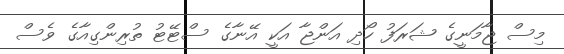
މިސް ޖާމަނީގެ ޝަރަފު ހޯދި އަންޖާ އަކީ އޭނާގެ ސްޓޭޓު ތުރިންގިއާގެ ވެސް